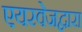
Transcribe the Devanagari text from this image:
एयरवेजद्वारा